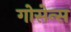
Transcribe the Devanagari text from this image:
गोसेन्स